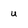
Character: u